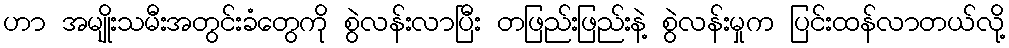
ဟာ အမျိုးသမီးအတွင်းခံတွေကို စွဲလန်းလာပြီး တဖြည်းဖြည်းနဲ့ စွဲလန်းမှုက ပြင်းထန်လာတယ်လို့